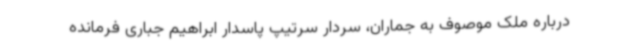
درباره ملک موصوف به جماران، سردار سرتیپ پاسدار ابراهیم جباری فرمانده